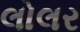
લોલર